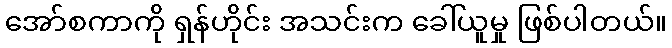
အော်စကာကို ရှန်ဟိုင်း အသင်းက ခေါ်ယူမှု ဖြစ်ပါတယ်။